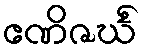
ဧဏိဇင်္ဃံ